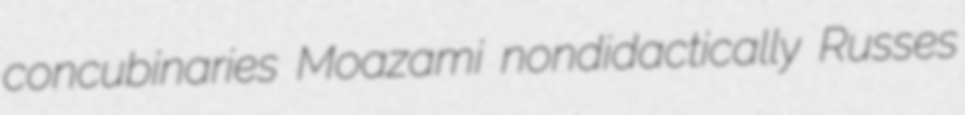
concubinaries Moazami nondidactically Russes